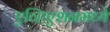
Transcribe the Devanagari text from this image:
एव्हिएशनमध्ये